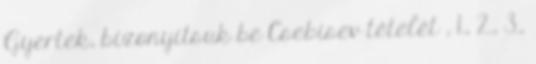
Gyertek, bizonyítsuk be Csebisev tételét , 1., 2., 3.,